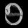
Digit: ၅